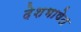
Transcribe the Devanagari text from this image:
देशभाषेत